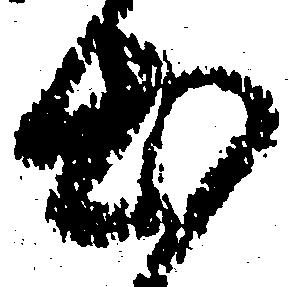
出